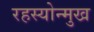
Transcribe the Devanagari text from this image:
रहस्योन्मुख